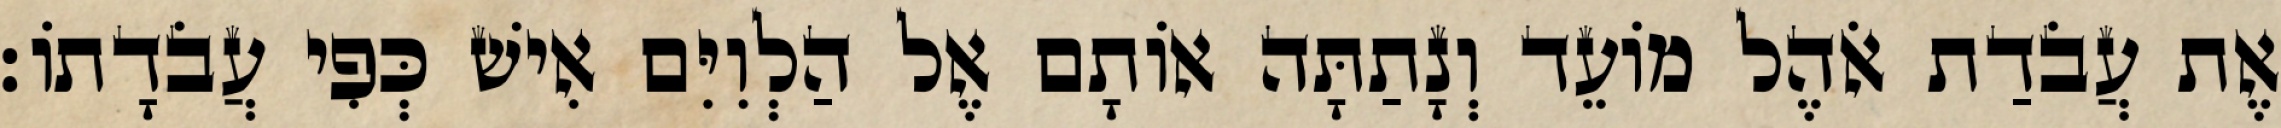
אֶת עֲבֹדַת אֹהֶל מוֹעֵד וְנָתַתָּה אוֹתָם אֶל הַלְוִיִּם אִישׁ כְּפִי עֲבֹדָתוֹ׃